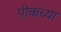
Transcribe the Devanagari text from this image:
पीकच्या